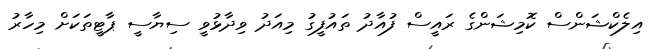
އިލެކްޝަންސް ކޮމިޝަންގެ ރައީސް ފުއާދު ތައުފީގު މިއަދު ވިދާޅުވީ ސިޔާސީ ޕާޓީތަކަށް މިހާރު